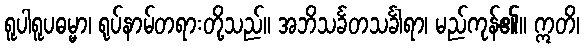
ရူပါရူပဓမ္မာ၊ ရုပ်နာမ်တရားတို့သည်။ အဘိသင်္ခတသင်္ခါရာ၊ မည်ကုန်၏။ ဣတိ၊